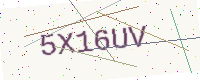
Text: 5X16UV